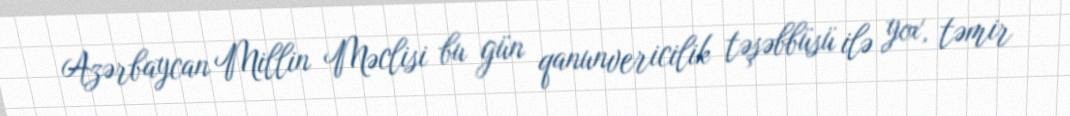
Azərbaycan Millin Məclisi bu gün qanunvericilik təşəbbüsü ilə yox, təmir